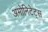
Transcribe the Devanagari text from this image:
अमोनिटेट्स